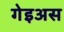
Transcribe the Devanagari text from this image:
गेइअस